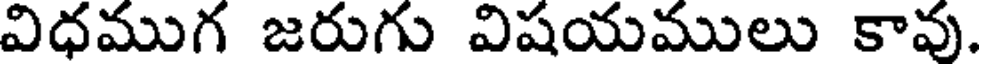
విధముగ జరుగు విషయములు కావు.